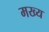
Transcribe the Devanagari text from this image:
मख्य